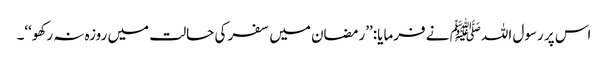
اس پر رسول اللہﷺ نے فرمایا:’’رمضان میں سفر کی حالت میں روزہ نہ رکھو‘‘۔